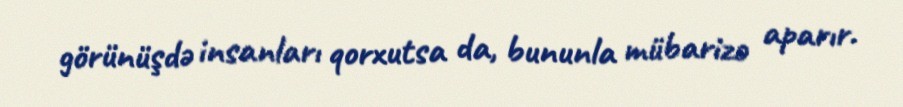
görünüşdə insanları qorxutsa da, bununla mübarizə aparır.